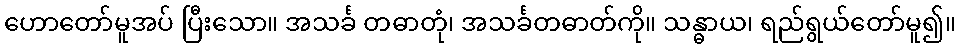
ဟောတော်မူအပ် ပြီးသော။ အသင်္ခ တဓာတုံ၊ အသင်္ခတဓာတ်ကို။ သန္ဓာယ၊ ရည်ရွယ်တော်မူ၍။